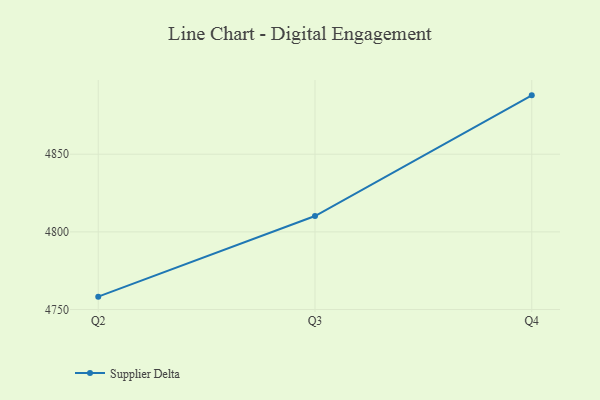
{"axis": {"x": "Quarter", "y": "Customer Acquisition Cost (USD)"}, "legend": ["Supplier Delta"], "data": [{"x": "Q2", "y": 4758.3, "type": "Supplier Delta"}, {"x": "Q3", "y": 4810.2, "type": "Supplier Delta"}, {"x": "Q4", "y": 4887.9, "type": "Supplier Delta"}]}